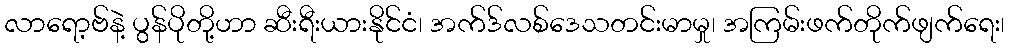
လာရော့ဗ်နဲ့ ပွန်ပိုတို့ဟာ ဆီးရီးယားနိုင်ငံ၊ အက်ဒ်လစ်ဒေသတင်းမာမှု၊ အကြမ်းဖက်တိုက်ဖျက်ရေး၊